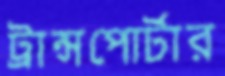
ট্রান্সপোর্টার